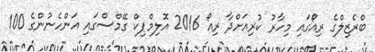
ބްރެޒިލްގެ ރިއޯގައި މިހާރު ކުރިއަށްދާ ރިއޯ 2016 އޮލިމްޕިކް ގޭމްސްގައި އަންހެނުންގެ 100